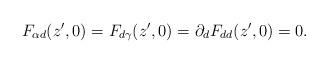
LaTeX: \begin{align*}F_{\alpha d}(z',0)=F_{d\gamma}(z',0)=\partial_d F_{dd}(z',0)=0.\end{align*}